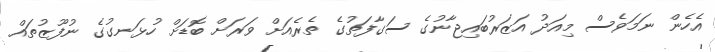
އެހެން ނަމަވެސް މިއަދު އަޒަރުބައިޖާނުގެ ސަގާފަތުގެ ތެރެއަށް ވަރަށް ބޮޑަށް ހުޅަނގުގެ ނުފޫޒުތައް